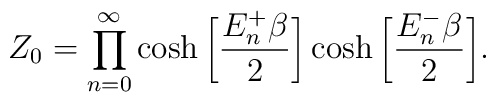
Z_0 = \prod^{\infty}_{n=0} \cosh \bigg[\frac{E^+_n\beta}{2}\bigg] \cosh \bigg[\frac{E^-_n \beta}{2} \bigg].